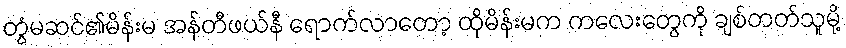
တွံမဆင်၏မိန်းမ အန်တီဖယ်နီ ရောက်လာတော့ ထိုမိန်းမက ကလေးတွေကို ချစ်တတ်သူမို့